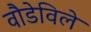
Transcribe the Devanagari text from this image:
वौडेविले